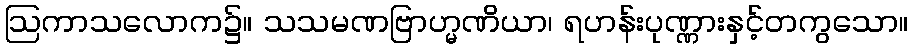
ဩကာသလောက၌။ သသမဏဗြာဟ္မဏိယာ၊ ရဟန်းပုဏ္ဏားနှင့်တကွသော။